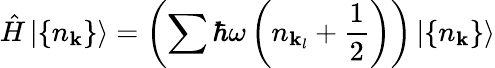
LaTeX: {\hat{H}}\left|\{ n_{\mathbf{k}}\} \right\rangle=\left(\sum\hbar\omega\left(n_{\mathbf{k}_{l}}+{\frac{1}{2}}\right)\right)\left|\{ n_{\mathbf{k}}\} \right\rangle